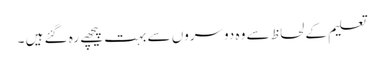
تعلیم کے لحاظ سے وہ دوسروں سے بہت پیچھے رہ گئے ہیں ۔